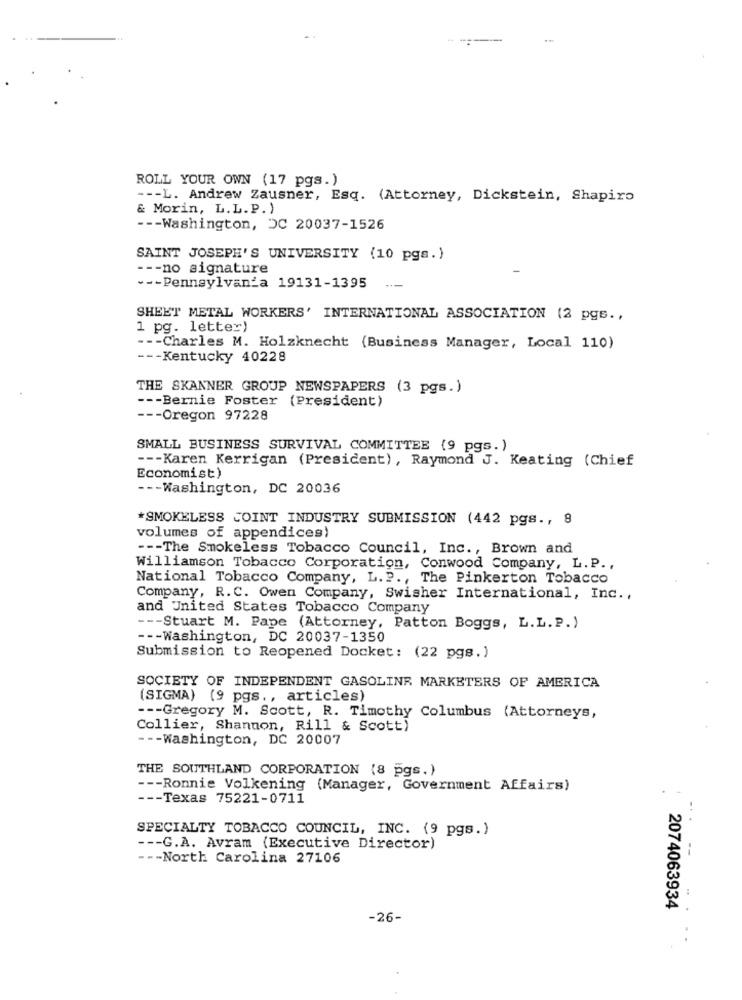
ROLL YOUR OWN (17 pgs. )
--- L. Andrew Zausner, Esq. (Attorney, Dickstein, Shapiro
& Morin, L.L. P. )
--- Washington, DC 20037-1526
SAINT JOSEPH'S UNIVERSITY (10 pgs.)
--- no signature
-
--- Pennsylvania 19131-1395
SHEET METAL WORKERS' INTERNATIONAL ASSOCIATION (2 pgs .,
1 pg. letter)
--- Charles M. Holzknecht (Business Manager, Local 110)
--- Kentucky 40228
THE SKANNER GROUP NEWSPAPERS (3 pgs.)
--- Bernie Foster (President)
--- Oregon 97228
SMALL BUSINESS SURVIVAL COMMITTEE (9 pgs.)
--- Karen Kerrigan (President), Raymond J. Keating (Chief
Economist)
--- Washington, DC 20036
*SMOKELESS JOINT INDUSTRY SUBMISSION (442 pgs ., 9
volumes of appendices)
--- The Smokeless Tobacco Council, Inc ., Brown and
Williamson Tobacco Corporation, Conwood Company, L. P .,
National Tobacco Company, L.P ., The Pinkerton Tobacco
Company, R.C. Owen Company, Swisher International, Inc .,
and United States Tobacco Company
--- Stuart M. Pape (Attorney, Patton Boggs, L.L.P.)
--- Washington, DC 20037-1350
Submission to Reopened Docket: (22 pgs.)
SOCIETY OF INDEPENDENT GASOLINE MARKETERS OF AMERICA
(SIGMA) (9 pgs ., articles)
--- Gregory M. Scott, R. Timothy Columbus (Attorneys,
Collier, Shannon, Rill & Scott)
--- Washington, DC 20007
THE SOUTHLAND CORPORATION (8 pgs.)
--- Ronnie Volkening (Manager, Government Affairs)
--- Texas 75221-0711
SPECIALTY TOBACCO COUNCIL, INC. (9 pgs.)
--- G.A. Avram (Executive Director)
--- North Carolina 27106
2074063934
-26-